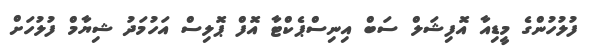
ފުލުހުންގެ މީޑިއާ އޮފިޝަލް ސަބް އިނިސްޕެކްޓާ އޮފް ޕޮލިސް އަހުމަދު ޝިޔާމް ފުލުހަށް